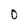
Character: 0